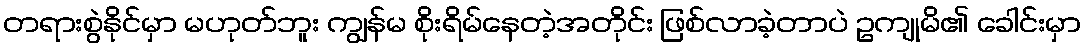
တရားစွဲနိုင်မှာ မဟုတ်ဘူး ကျွန်မ စိုးရိမ်နေတဲ့အတိုင်း ဖြစ်လာခဲ့တာပဲ ဥကျုမိ၏ ခေါင်းမှာ